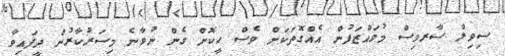
ސިވިލް ސާރވިސް މުވައްޒަފުން އެއްގޮތަކަށް ވެސް ހީކޮށް ގެން ނުވާނެ މިސަރުކާރުން ދީފައިވާ